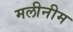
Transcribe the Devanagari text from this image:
मलीनीम